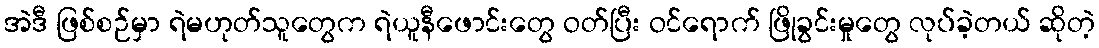
အဲဒီ ဖြစ်စဉ်မှာ ရဲမဟုတ်သူတွေက ရဲယူနီဖောင်းတွေ ဝတ်ပြီး ဝင်ရောက် ဖြိုခွင်းမှုတွေ လုပ်ခဲ့တယ် ဆိုတဲ့